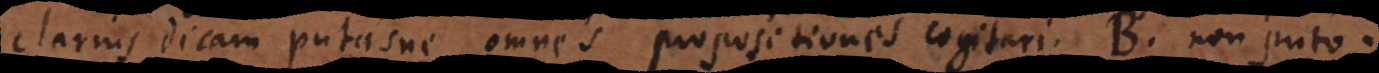
clarius dicam putasne omnes propositiones cogitari. B. Non puto.